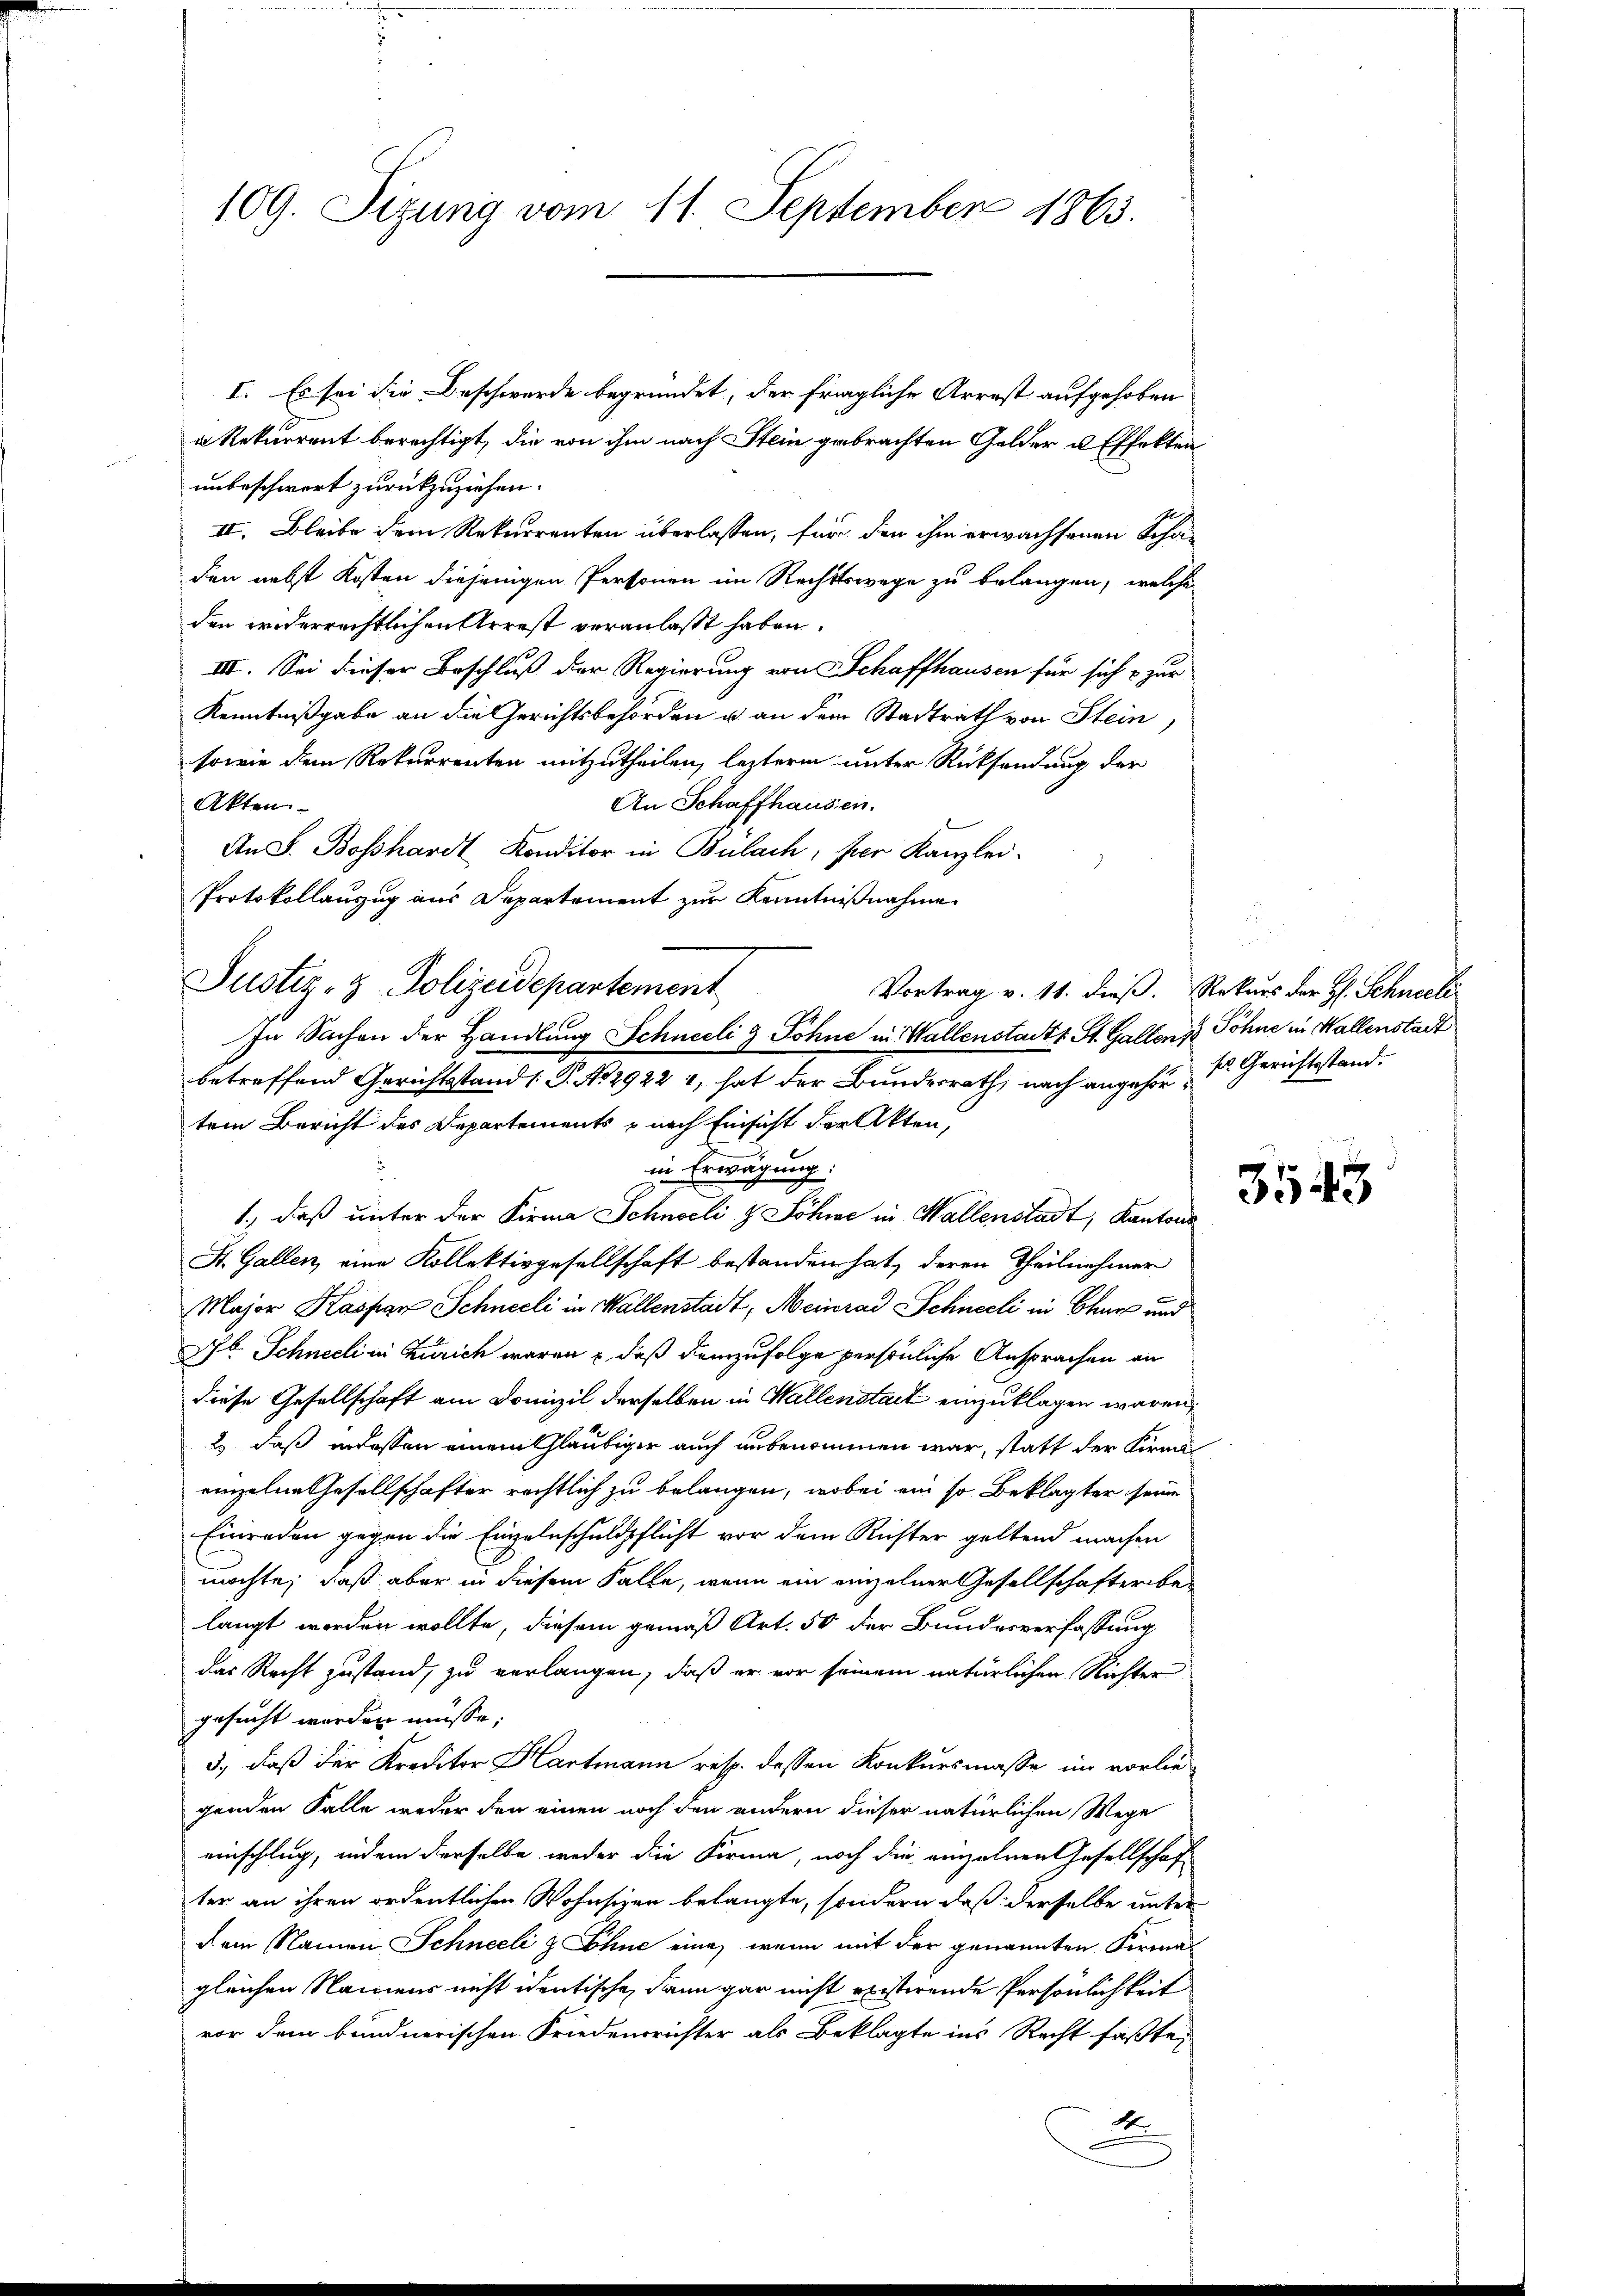
109. Sizung vom 11. September 1863.

I. Es sei die Beschwerde begründet, der fragliche Arrest aufgehoben
a Rekurrent berechtigt, die von ihm nach Stein gebrachten Gelder u. Effekten
unbeschwort zurückzuziehen.
II. Bleibe dem Rekurrenten überlassen, für den ihm erwachsenen Schaden nebst Kosten diejenigen Personen im Rechtswege zu belangen, welche
den widerrechtlichen Arrest veranlaßt haben.
III. Sei dieser Beschluß der Regierung von Schaffhausen für sich zur
Kenntnißgabe an die Gerichtsbehörden u an dem Stadtrath von Stein,
sowie dem Rekurrenten mitzutheilen, lezterm unter Rücksendung der
An Schaffhaussen.
Akten
An F. Bosshardt Konditor in Bülach, per Kanzlei.
Protokollanzug aus Departement zur Kenntnißnahme
Justiz- & Polizeidepartement
betreffend Gerichtsstand 1 S. No 2922 1, hat der Bundesrath, nach angehör der Gerichtsstand.
tem Bericht des Departements, nach Einsicht der Akten,
in Erwägung.
1., daß unter der Firma Schnocli & Söhne in Wallenstadt, Kantons
St. Gallen, eine Kollektivgesellschaft bestanden hat, deren Theilnehmer
Major Kaspar Schneeli in Wallenstadt, Meinrad Schneeli in Chur und
MC Schneeli in Zürich waren u. daß demzufolge persönliche Ansprachen an
diese Gesellschaft am Domizil derselben in Wallenstait einzuklagen wären,
2) daß indessen einem Gläubiger auch unbenommen war, statt der Firma
rinzelne Gesellschafter rechtlich zu belangen, wobei ein so Beklagter seine
Einreden gegen die Einzelnschuldpflicht vor dem Richter geltend machen
möchte, daß aber in diesem Falle, wenn ein einzelner Gesellschafterbelangt worden wollte, diesem gemäß Art. 50 der Bundesverfassung
das Recht zustand, zu verlangen, daß er vor seinem natürlichen Richter
gesucht worden müsse;
3., daß der Kreditor Hartmann resp. dessen Konkursmasse im vorliegenden Falle weder den einen noch den andern dieser natürlichen Wege
einschlag, indem derselbe weder die Firma, noch die einzelnen Gesellschaf
ter an ihren ordentlichen Wohnsizen belangte, sondern daß derselbe unter
dem Namen Schneeli z Ohne eine, wenn mit der genannten Firma
gleichen Namens nicht identische, dann gar nicht existirende Persönlichkeit
vor dem bundnerischen Friedensrichter als Beklagte ins Recht faßte,
2

In Sachen der Handlung Schneeli & Söhne in Wallenstadts. St. Gallenz Söhne in Wallenstadt

Vortrag v. 11. dieß. Rekurs der H. Schneeli-

3543